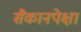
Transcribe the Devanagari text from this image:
सैकानपेक्षा